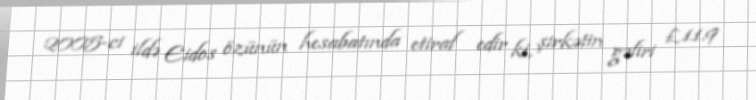
2005-ci ildə Eidos özünün hesabatında etiraf edir ki, şirkətin gəliri £11.9